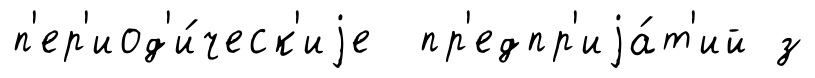
п'ер'иод'и́ческ'иjе пр'едпр'иjа́т'ий з